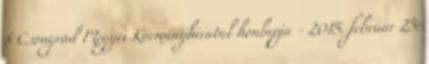
§ Csongrád Megyei Kormányhivatal honlapja - 2015. február 25.